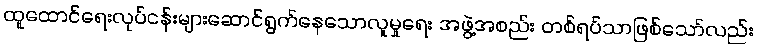
ထူထောင်ရေးလုပ်ငန်းများဆောင်ရွက်နေသောလူမှုရေး အဖွဲ့အစည်း တစ်ရပ်သာဖြစ်သော်လည်း